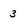
Character: 3